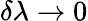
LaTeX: \delta\lambda\rightarrow 0